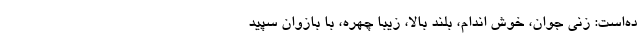
ده‌است: زنی جوان، خوش اندام، بلند بالا، زیبا چهره، با بازوان سپید